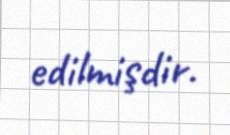
edilmişdir.